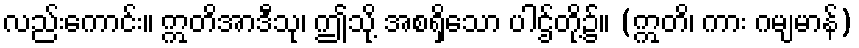
လည်းကောင်း။ ဣတိအာဒီသု၊ ဤသို့ အစရှိသော ပါဌ်တို့၌။ (ဣတိ၊ ကား ဂမျမာန်)